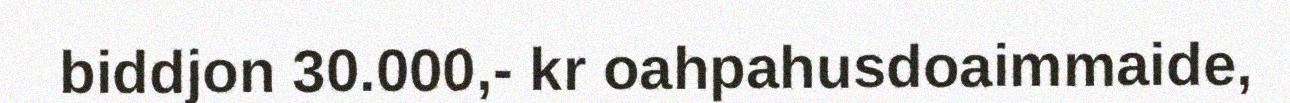
biddjon 30.000,- kr oahpahusdoaimmaide,